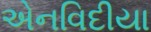
એનવિદીયા